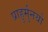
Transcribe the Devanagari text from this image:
प्राहुर्मुनयो